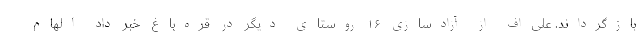
بازگرداند. علی‌اف از آزادسازی ۱۶ روستای دیگر در قره‌باغ خبر داد الهام